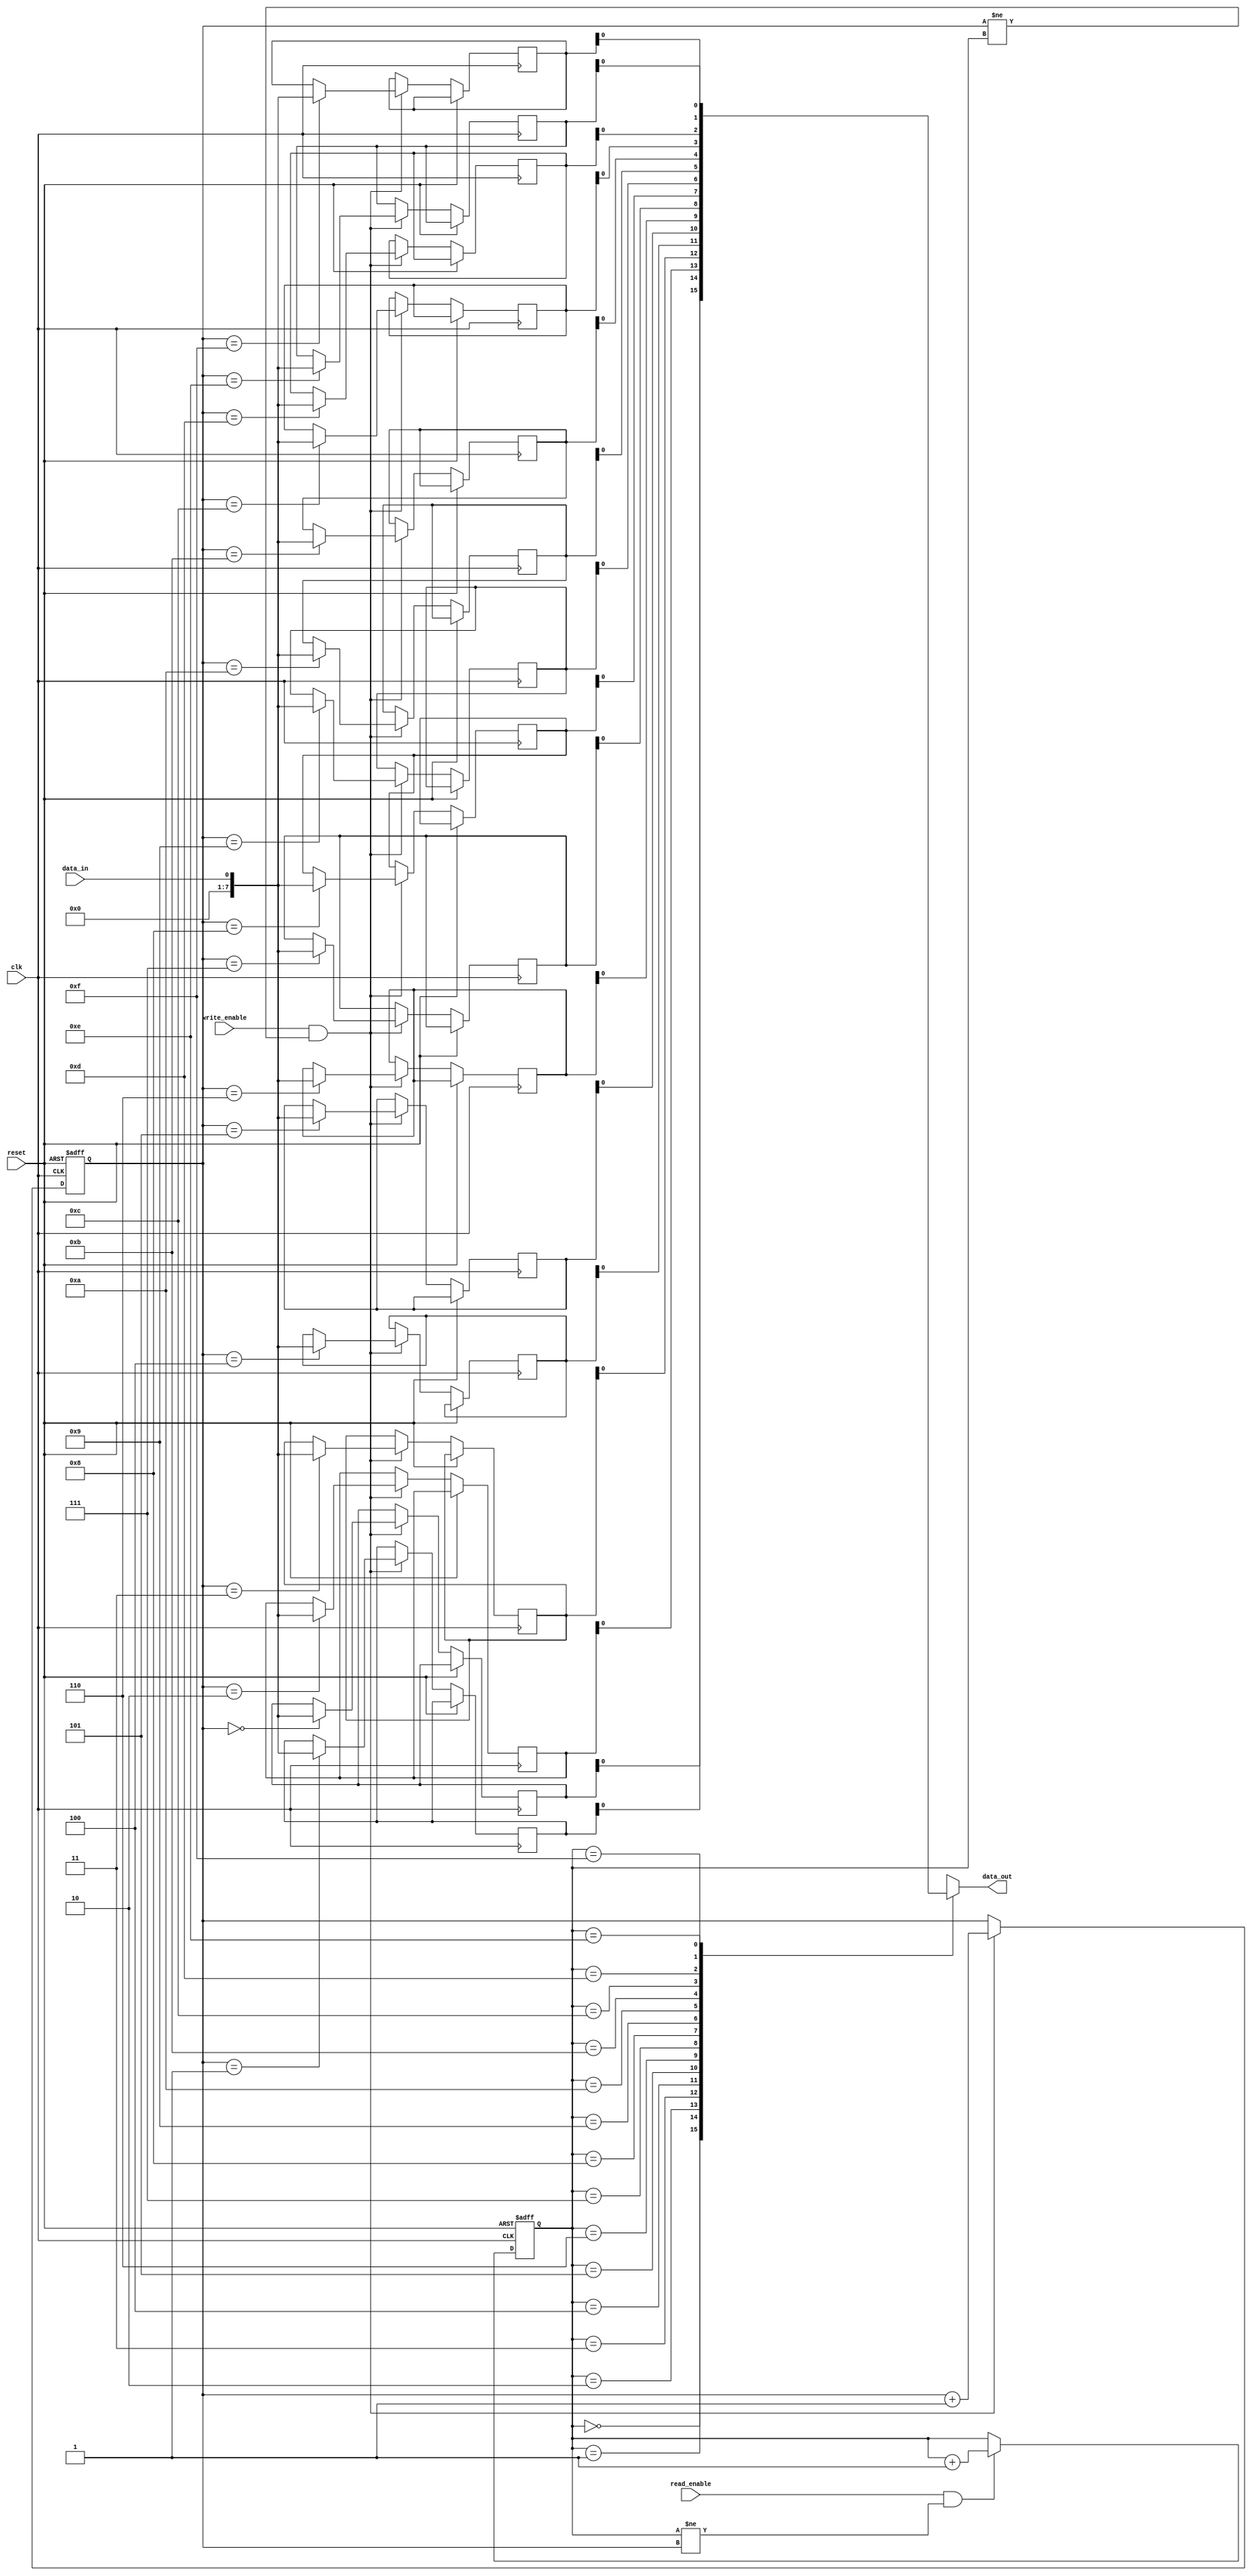
module bidirectional_fifo(
    input wire clk,
    input wire reset,
    input wire read_enable,
    input wire write_enable,
    input wire data_in,
    output wire data_out
);

reg [7:0] fifo [0:15]; // Storage elements for FIFO
reg [3:0] read_ptr; // Read pointer
reg [3:0] write_ptr; // Write pointer

always @(posedge clk or posedge reset) begin
    if(reset) begin
        read_ptr <= 4'b0000;
        write_ptr <= 4'b0000;
    end else begin
        if(read_enable && read_ptr != write_ptr) begin
            read_ptr <= read_ptr + 1;
        end
        if(write_enable && write_ptr != read_ptr) begin
            fifo[write_ptr] <= data_in;
            write_ptr <= write_ptr + 1;
        end
    end
end

assign data_out = fifo[read_ptr];

endmodule